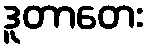
ဒူတာတေး